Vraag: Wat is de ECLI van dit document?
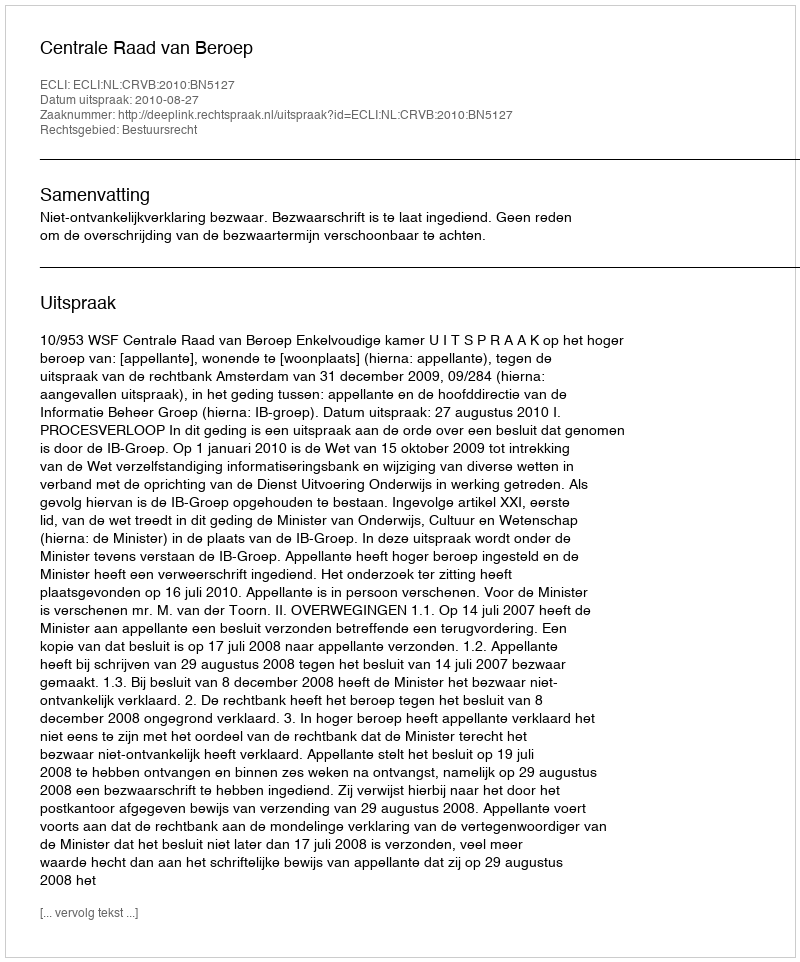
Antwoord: ECLI:NL:CRVB:2010:BN5127